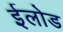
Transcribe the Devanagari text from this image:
ईलोड